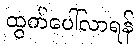
ထွက်ပေါ်လာရန်